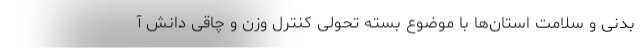
بدنی و سلامت استان‌ها با موضوع بسته تحولی کنترل وزن و چاقی دانش آ